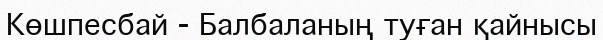
Көшпесбай - Балбаланың туған қайнысы